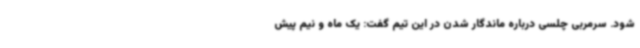
شود. سرمربی چلسی درباره ماندگار شدن در این تیم گفت: یک ماه و نیم پیش